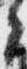
々